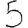
Digit: 5